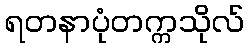
ရတနာပုံတက္ကသိုလ်